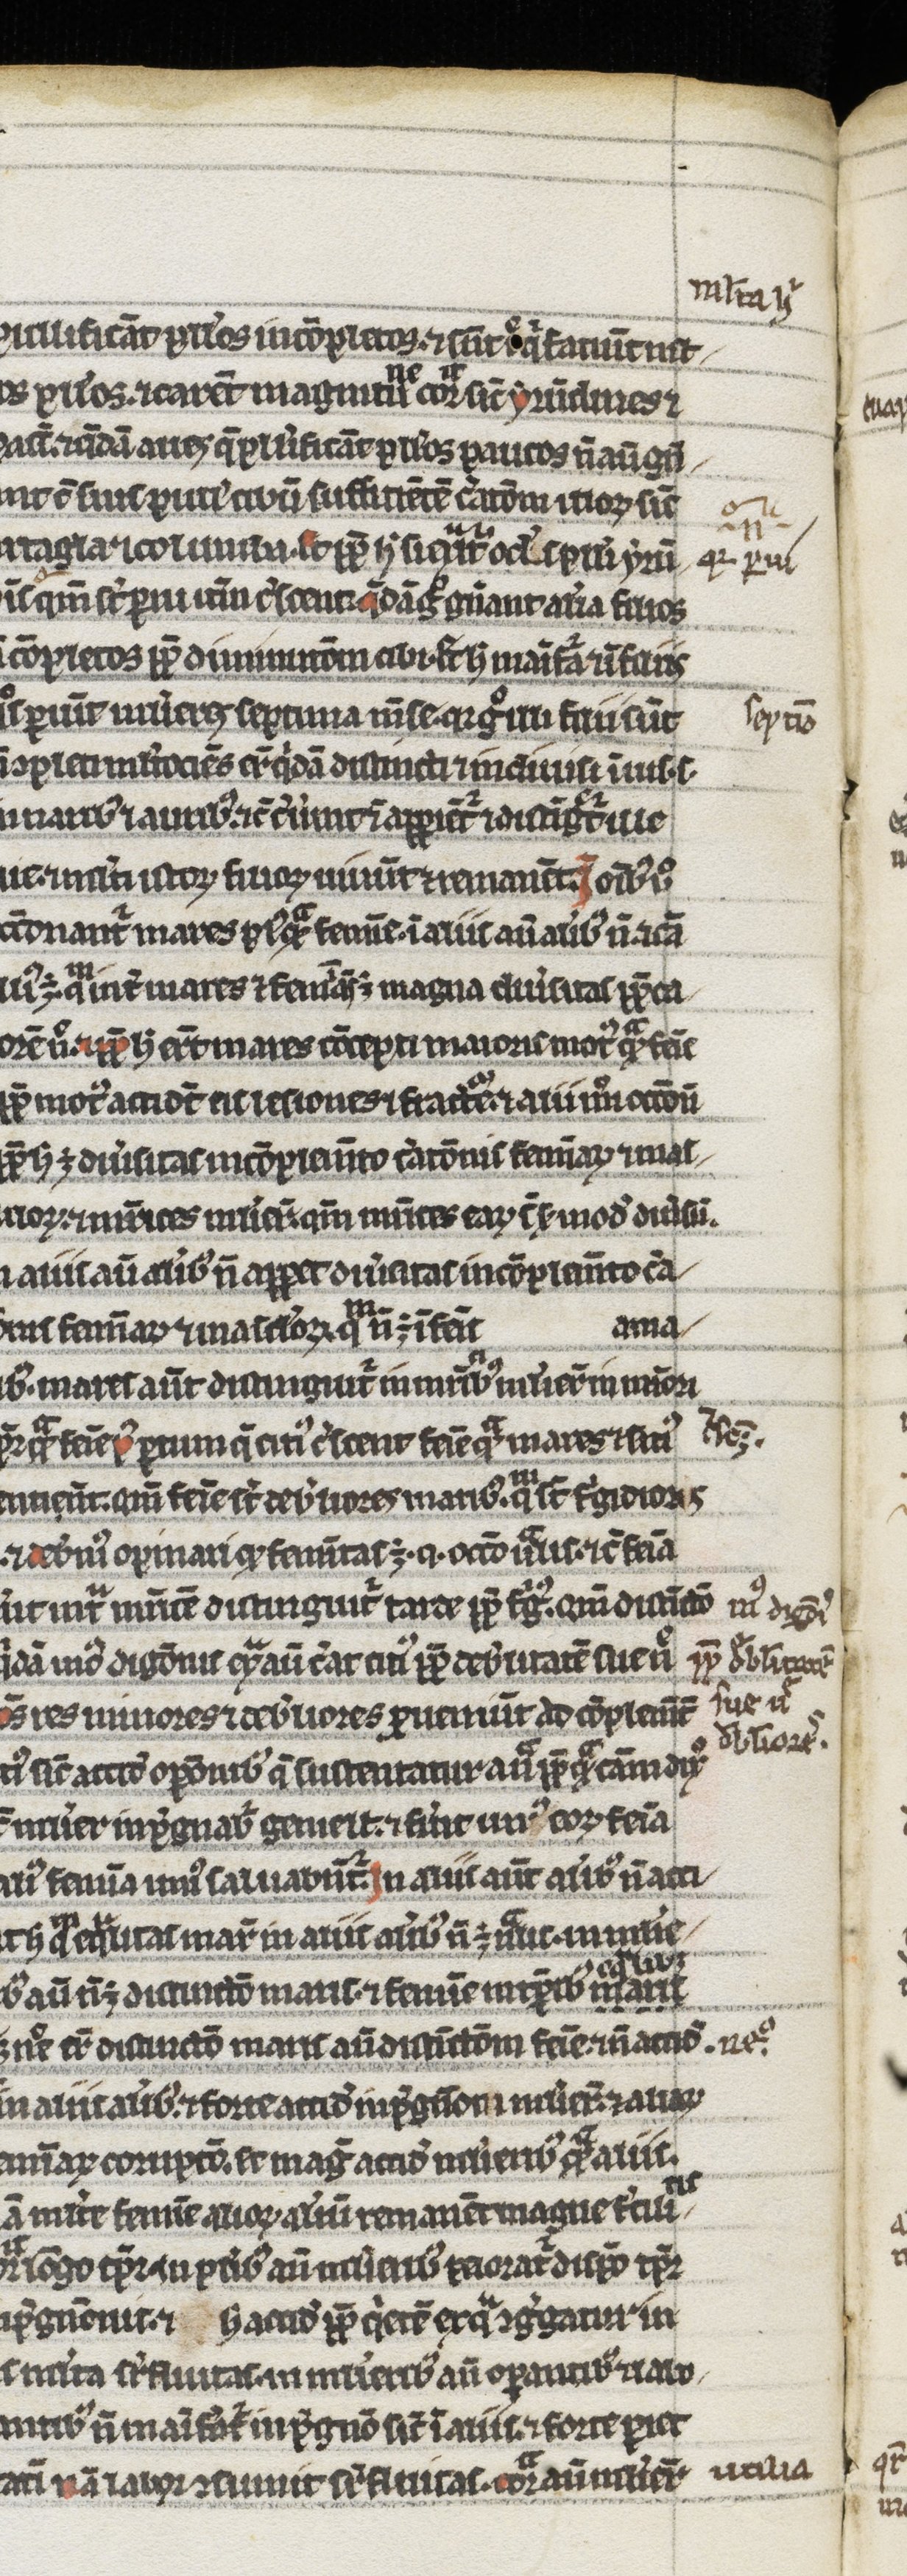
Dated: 1200–1299